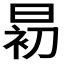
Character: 𱢎